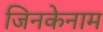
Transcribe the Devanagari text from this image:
जिनकेनाम